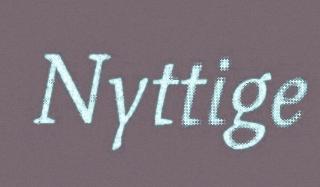
Nyttige